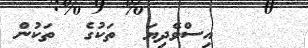
އިސްވެދިޔަ  ތަކުގެ  ތަކުން